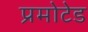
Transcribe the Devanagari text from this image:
प्रमोटेड